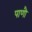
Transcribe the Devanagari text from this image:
पाणौ